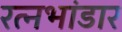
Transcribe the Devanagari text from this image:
रत्नभांडार